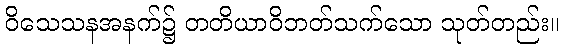
ဝိသေသနအနက်၌ တတိယာဝိဘတ်သက်သော သုတ်တည်း။